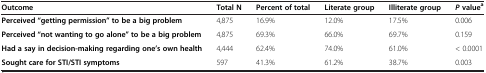
<table><thead><tr><td><b>Outcome</b></td><td><b>Total N</b></td><td><b>Percent of total</b></td><td><b>Literate group</b></td><td><b>Illiterate group</b></td><td><b><i>P </i>value<sup>a</sup></b></td></tr></thead><tbody><tr><td><b>Perceived “getting permission” to be a big problem</b></td><td>4,875</td><td>16.9%</td><td>12.0%</td><td>17.5%</td><td>0.006</td></tr><tr><td><b>Perceived “not wanting to go alone” to be a big problem</b></td><td>4,875</td><td>69.3%</td><td>66.0%</td><td>69.7%</td><td>0.159</td></tr><tr><td><b>Had a say in decision-making regarding one’s own health</b></td><td>4,444</td><td>62.4%</td><td>74.0%</td><td>61.0%</td><td>&lt; 0.0001</td></tr><tr><td><b>Sought care for STI/STI symptoms</b></td><td>597</td><td>41.3%</td><td>61.2%</td><td>38.7%</td><td>0.003</td></tr></tbody></table>